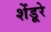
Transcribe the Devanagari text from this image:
शेंडूरे